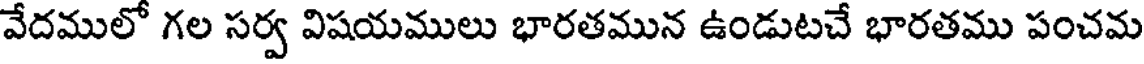
వేదములో గల సర్వ విషయములు భారతమున ఉండుటచే భారతము పంచమ